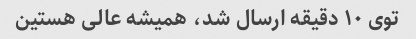
توی ١٠ دقیقه ارسال شد، همیشه عالی هستین